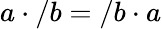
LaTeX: a\cdot/b=/b\cdot a